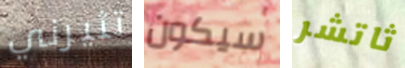
تثيرني سيكون ثاتشر